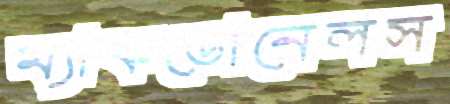
ম্যাকডোনেলস